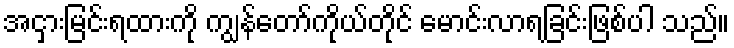
အငှားမြင်းရထားကို ကျွန်တော်ကိုယ်တိုင် မောင်းလာရခြင်းဖြစ်ပါ သည်။